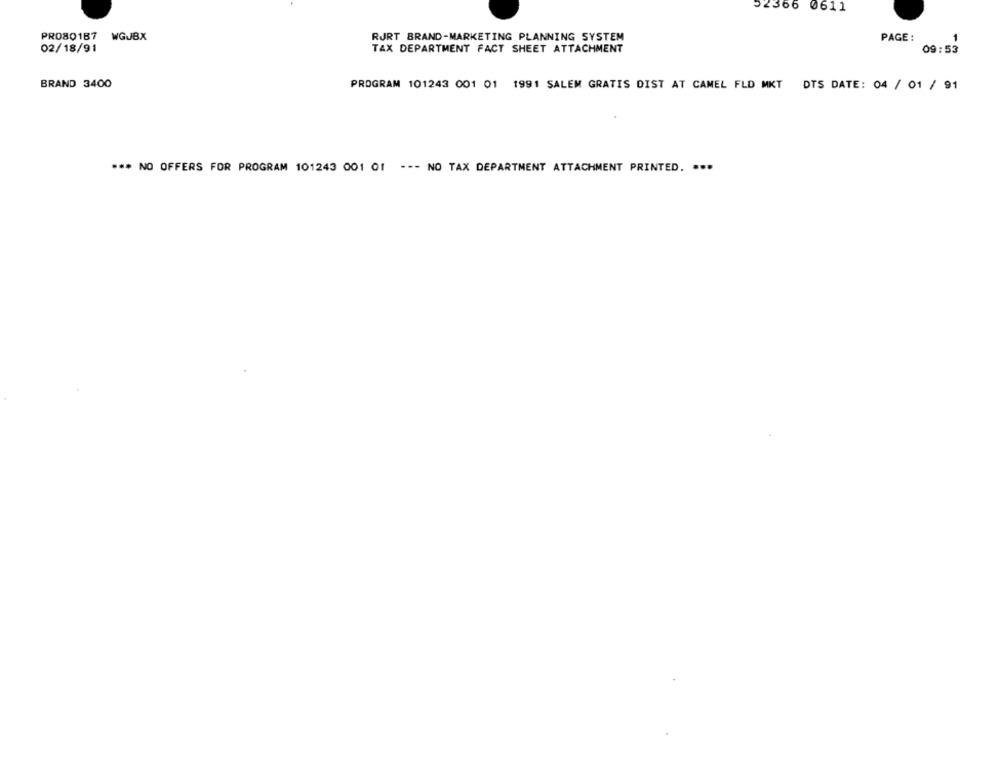
52366 0611
PRO80187
WGJBX
RJRT BRAND-MARKETING PLANNING SYSTEM
PAGE :
1
02/18/91
TAX DEPARTMENT FACT SHEET ATTACHMENT
09:53
BRAND 3400
PROGRAM 101243 001 01 1991 SALEM GRATIS DIST AT CAMEL FLD MKT DTS DATE: 04 / 01 / 91
*** NO OFFERS FOR PROGRAM 101243 001 01 --- NO TAX DEPARTMENT ATTACHMENT PRINTED. ***